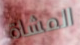
المشاة